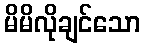
မိမိလိုချင်သော